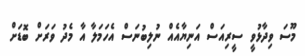
މޫސަ ވިދާޅުވީ ސީރިއަސް އަނިޔާއެއް ނުލިބުނަސް އެހަމަލާ އާ މެދު ވަރަށް ބޮޑަށް